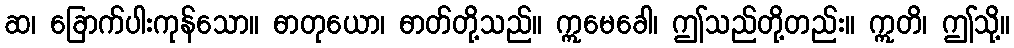
ဆ၊ ခြောက်ပါးကုန်သော။ ဓာတုယော၊ ဓာတ်တို့သည်။ ဣမေခေါ၊ ဤသည်တို့တည်း။ ဣတိ၊ ဤသို့။